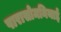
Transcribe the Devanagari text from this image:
पारासोमनियाई